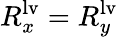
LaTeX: R_{x}^{\mathrm{{lv}}}=R_{y}^{\mathrm{{lv}}}